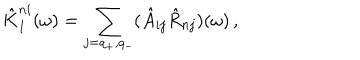
\hat { K } _ { 1 } ^ { n i } ( \omega ) = \sum _ { j = q _ { + } , q _ { - } } ( \hat { A } _ { i j } \hat { R } _ { n j } ) ( \omega ) \, ,